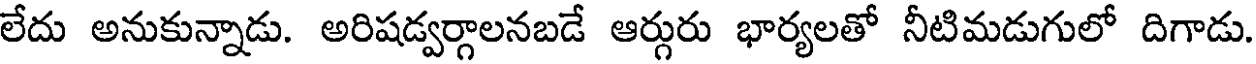
లేదు అనుకున్నాడు. అరిషడ్వర్గాలనబడే ఆర్గురు భార్యలతో నీటిమడుగులో దిగాడు